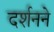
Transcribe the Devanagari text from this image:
दर्शनने